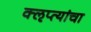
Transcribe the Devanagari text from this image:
क्‍ऌप्त्यांचा